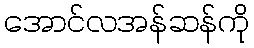
အောင်လအန်ဆန်ကို